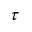
\tau